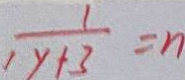
\frac { 1 } { 1 y + 3 } = n